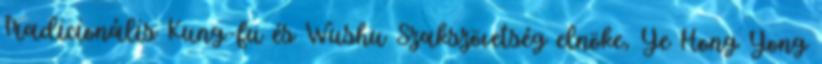
Tradicionális Kung-fu és Wushu Szakszövetség elnöke, Ye Hong Yong